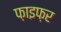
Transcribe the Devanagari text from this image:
फ़ाइफ़र